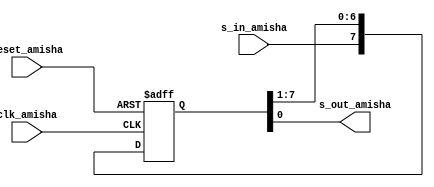
`timescale 1ns / 1ps
//////////////////////////////////////////////////////////////////////////////////
// Company: 
// Engineer: 
// 
// Design Name: 
// Module Name:    free_run_shift_reg_Amisha 
// Project Name: 
// Target Devices: 
// Tool versions: 
// Description: 
//
// Dependencies: 
//
// Revision: 
// Revision 0.01 - File Created
// Additional Comments: 
//
//////////////////////////////////////////////////////////////////////////////////
module free_run_shift_reg_Amisha
#( parameter N_amisha = 8)
(
    input clk_amisha,
    input reset_amisha,
    input s_in_amisha,
    output s_out_amisha
    );
	 
	 reg [N_amisha-1:0] r_reg_amisha;
	 wire [N_amisha-1:0] r_next_amisha;
	 
	 always @(posedge clk_amisha, posedge reset_amisha)
	 if (reset_amisha)
	 r_reg_amisha <= 0;
	 else
	 r_reg_amisha <= r_next_amisha;
	 
	 assign r_next_amisha = {s_in_amisha, r_reg_amisha [N_amisha-1:1]};
	 assign s_out_amisha = r_reg_amisha[0];
endmodule